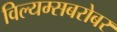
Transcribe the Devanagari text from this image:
विल्यम्सबरोबर